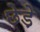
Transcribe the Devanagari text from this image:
छेडे़